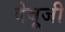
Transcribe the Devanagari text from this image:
देबूजी